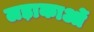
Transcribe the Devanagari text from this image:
लड़ाकाओं